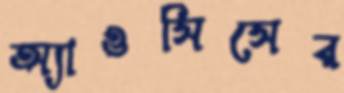
অ্যাওসিসের